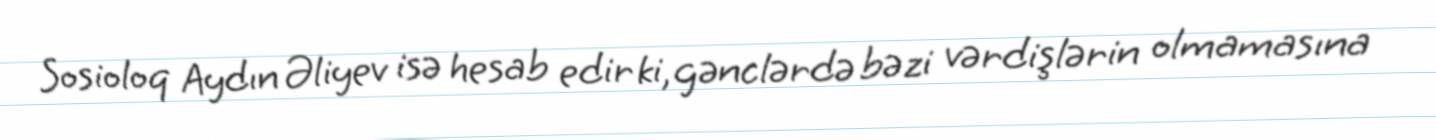
Sosioloq Aydın Əliyev isə hesab edir ki, gənclərdə bəzi vərdişlərin olmamasına